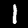
Digit: 1